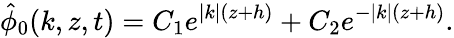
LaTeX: \hat{\phi}_{0}(k,z,t)=C_{1}e^{|k|(z+h)}+C_{2}e^{-|k|(z+h)}.